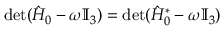
\operatorname* { d e t } ( \hat { H } _ { 0 } - \omega \mathbb { I } _ { 3 } ) = \operatorname* { d e t } ( \hat { H } _ { 0 } ^ { * } - \omega \mathbb { I } _ { 3 } )